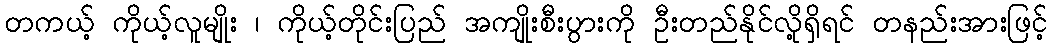
တကယ့် ကိုယ့်လူမျိုး ၊ ကိုယ့်တိုင်းပြည် အကျိုးစီးပွားကို ဦးတည်နိုင်လို့ရှိရင် တနည်းအားဖြင့်